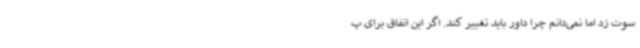
سوت زد اما نمی‌دانم چرا داور باید تغییر کند. اگر این اتفاق برای پ